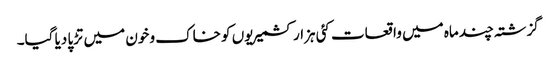
گزشتہ چند ماہ میں واقعات کئی ہزار کشمیریوں کو خاک و خون میں تڑپا دیا گیا۔